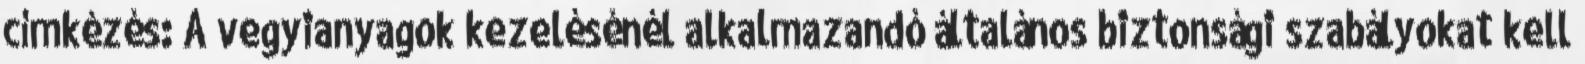
címkézés: A vegyianyagok kezelésénél alkalmazandó általános biztonsági szabályokat kell